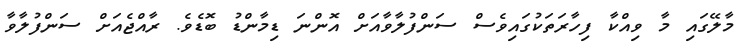
މާލޭގައި މާ ވިއްކާ ފިހާރަތަކުގައިވެސް ސަންފުލާވާއަށް އޮންނަ ޑިމާންޑު ބޮޑެވެ. ރާއްޖެއަށް ސަންފުލާވާ